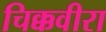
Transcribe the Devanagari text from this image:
चिक्कवीरा